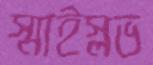
স্মাইস্লভ